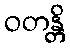
ဝတန္တိ